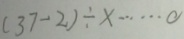
( 3 7 - 2 ) \div x \cdots 0